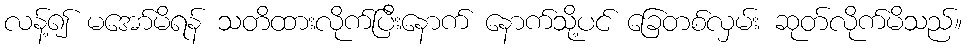
လန့်၍ မအော်မိရန် သတိထားလိုက်ပြီးနောက် နောက်သို့ပင် ခြေတစ်လှမ်း ဆုတ်လိုက်မိသည်။